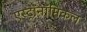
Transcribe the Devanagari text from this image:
एस्ट्रॉनॉमिकल